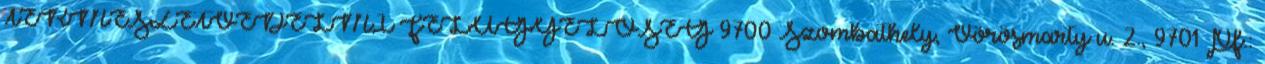
TERMÉSZETVÉDELMI FELÜGYELŐSÉG 9700 Szombathely, Vörösmarty u. 2., 9701 Pf.: